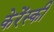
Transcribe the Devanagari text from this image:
केरेंस्की